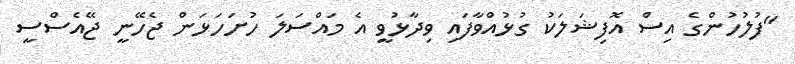
"ފުލުހުންގެ އިސް އޮފިޝަލަކު ގުޅުއްވާފައި ވިދާޅުވީ އެ މައްސަލަ ހުށަހަޅަން ޖެހޭނީ ޖޭއެސްސީ